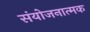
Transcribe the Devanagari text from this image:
संयोजनात्मक